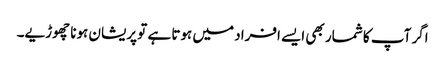
اگر آپ کا شمار بھی ایسے افراد میں ہوتا ہے تو پریشان ہونا چھوڑیے۔